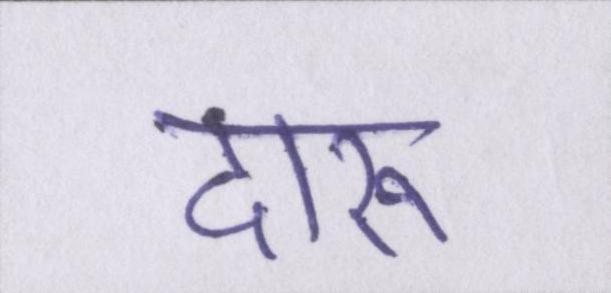
दारू